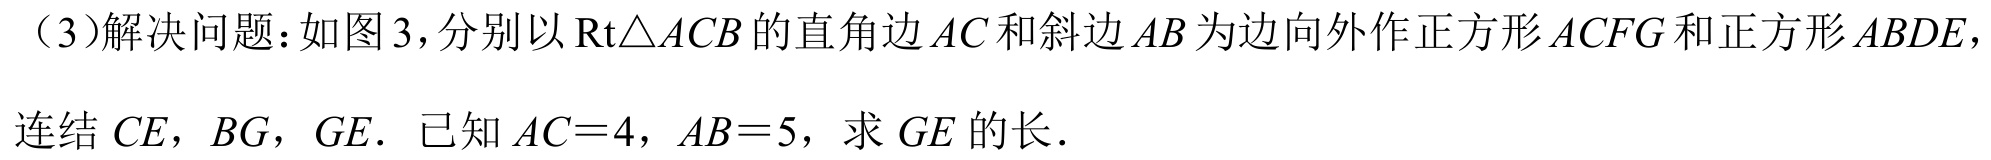
（3）解决问题：如图3，分别以\(\text{Rt}\triangle ACB\)的直角边\(AC\)和斜边\(AB\)为边向外作正方形\(ACFG\)和正方形\(ABDE\)，
连结\(CE\)，\(BG\)，\(GE\). 已知\(AC = 4\)，\(AB = 5\)，求\(GE\)的长.